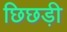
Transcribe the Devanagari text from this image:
छिछड़ी